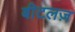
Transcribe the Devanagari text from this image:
बीटलज़